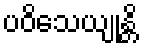
ပဝိသေယျုန္တိ